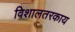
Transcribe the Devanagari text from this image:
विशालतरकाय